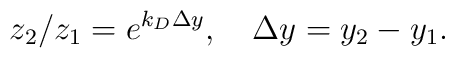
z_2/z_1=e^{k_D\Delta y},\quad \Delta y=y_2-y_1.